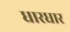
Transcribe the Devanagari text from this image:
धारधार